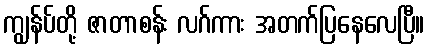
ကျွန်ပ်တို့ ဇာတာစန်း လဂ်ကား အတက်ပြနေလေပြီ။